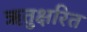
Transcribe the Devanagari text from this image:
ऋतुक्षरित